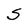
Character: S